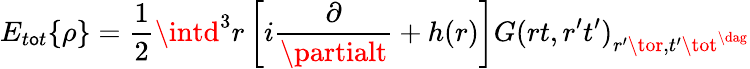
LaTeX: E_{t\mathsf{o}t}\{ \rho\} =\frac{1}{2}\intd^{3}r\left[i\frac{{\partial}}{{\partialt}}+h(r)\right]G(rt,r^{\prime}t^{\prime})_{r^{\prime}\tor,t^{\prime}\tot^{\dag}}